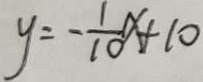
y = - \frac { 1 } { 1 0 } x + 1 0